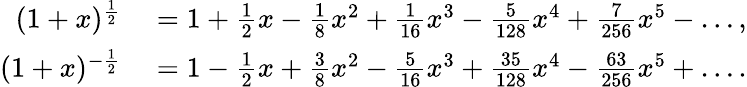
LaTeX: \begin{array}{rl}{(1+x)^{\frac{1}{2}}}&{{}=1+{\frac{1}{2}}x-{\frac{1}{8}}x^{2}+{\frac{1}{16}}x^{3}-{\frac{5}{128}}x^{4}+{\frac{7}{256}}x^{5}-\ldots,}\\ {(1+x)^{-{\frac{1}{2}}}}&{{}=1-{\frac{1}{2}}x+{\frac{3}{8}}x^{2}-{\frac{5}{16}}x^{3}+{\frac{35}{128}}x^{4}-{\frac{63}{256}}x^{5}+\ldots.}\end{array}